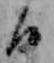
日